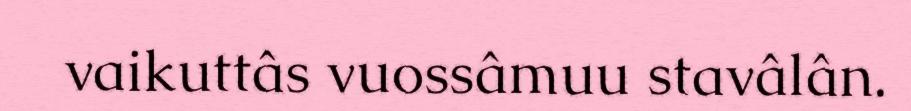
vaikuttâs vuossâmuu stavâlân.